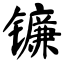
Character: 镰